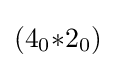
(4_{0}{*}2_{0})